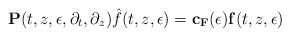
\begin{align*}\mathbf{P}(t,z,\epsilon,\partial_{t},\partial_{z})\hat{f}(t,z,\epsilon) =\mathbf{c}_{\mathbf{F}}(\epsilon)\mathbf{f}(t,z,\epsilon) \end{align*}